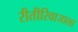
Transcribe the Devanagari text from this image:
रीतीरिवाजाला